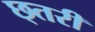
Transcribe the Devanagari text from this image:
छ्तरी